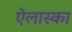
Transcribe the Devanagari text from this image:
ऐलास्का